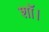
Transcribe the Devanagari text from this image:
शॉ।